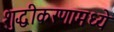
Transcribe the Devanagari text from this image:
शुद्धीकरणामध्ये